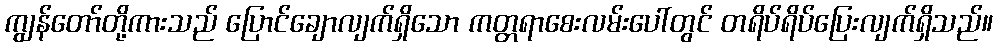
ကျွန်တော်တို့ကားသည် ပြောင်ချောလျက်ရှိသော ကတ္တရာစေးလမ်းပေါ်တွင် တရိပ်ရိပ်ပြေးလျက်ရှိသည်။